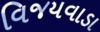
વિજયવાડા